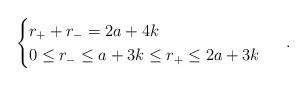
LaTeX: \begin{align*} \begin{cases} r_+ + r_- = 2a+4k\\ 0\le r_- \le a+3k \le r_+ \le 2a+3k \end{cases} \ .\end{align*}